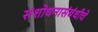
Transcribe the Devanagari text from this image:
संशोधनासंबंधीचे